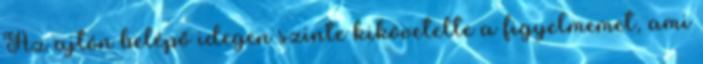
Az ajtón belépő idegen szinte kikövetelte a figyelmemet, ami